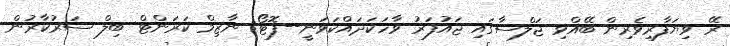
ރޭ ވިޔަފާރިވެރިން ބޭއްވި ޖަލްސާގައި ޖައުފަރު ވާހަކަދައްކަވަނީ--ފޮޓޯ: ނާޒިމް ކަރަންޓް ބިލް ސަރުކާރުން